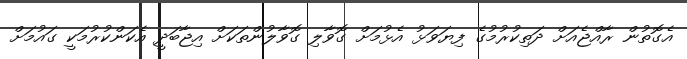
އެގޮތުން ރާއްޖެއަށް ދަތިކުރުމުގެ ފިޔަވަޅު އެޅުމަށް ގޮވާލި ގޮވާލުންތަކަށް އިޖާބަދީ އެކަންކުރުމަކީ ގައުމަށް